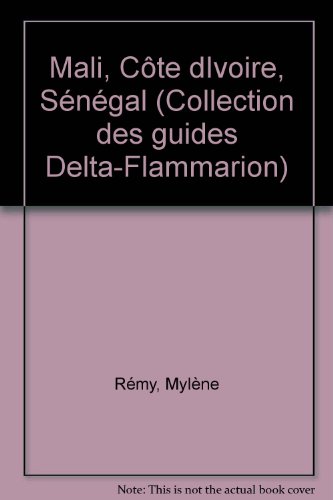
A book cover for Mali, Cote d'Ivoire, Senegal (Collection des Guides delta) (French Edition); Mylene Remy; Travel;